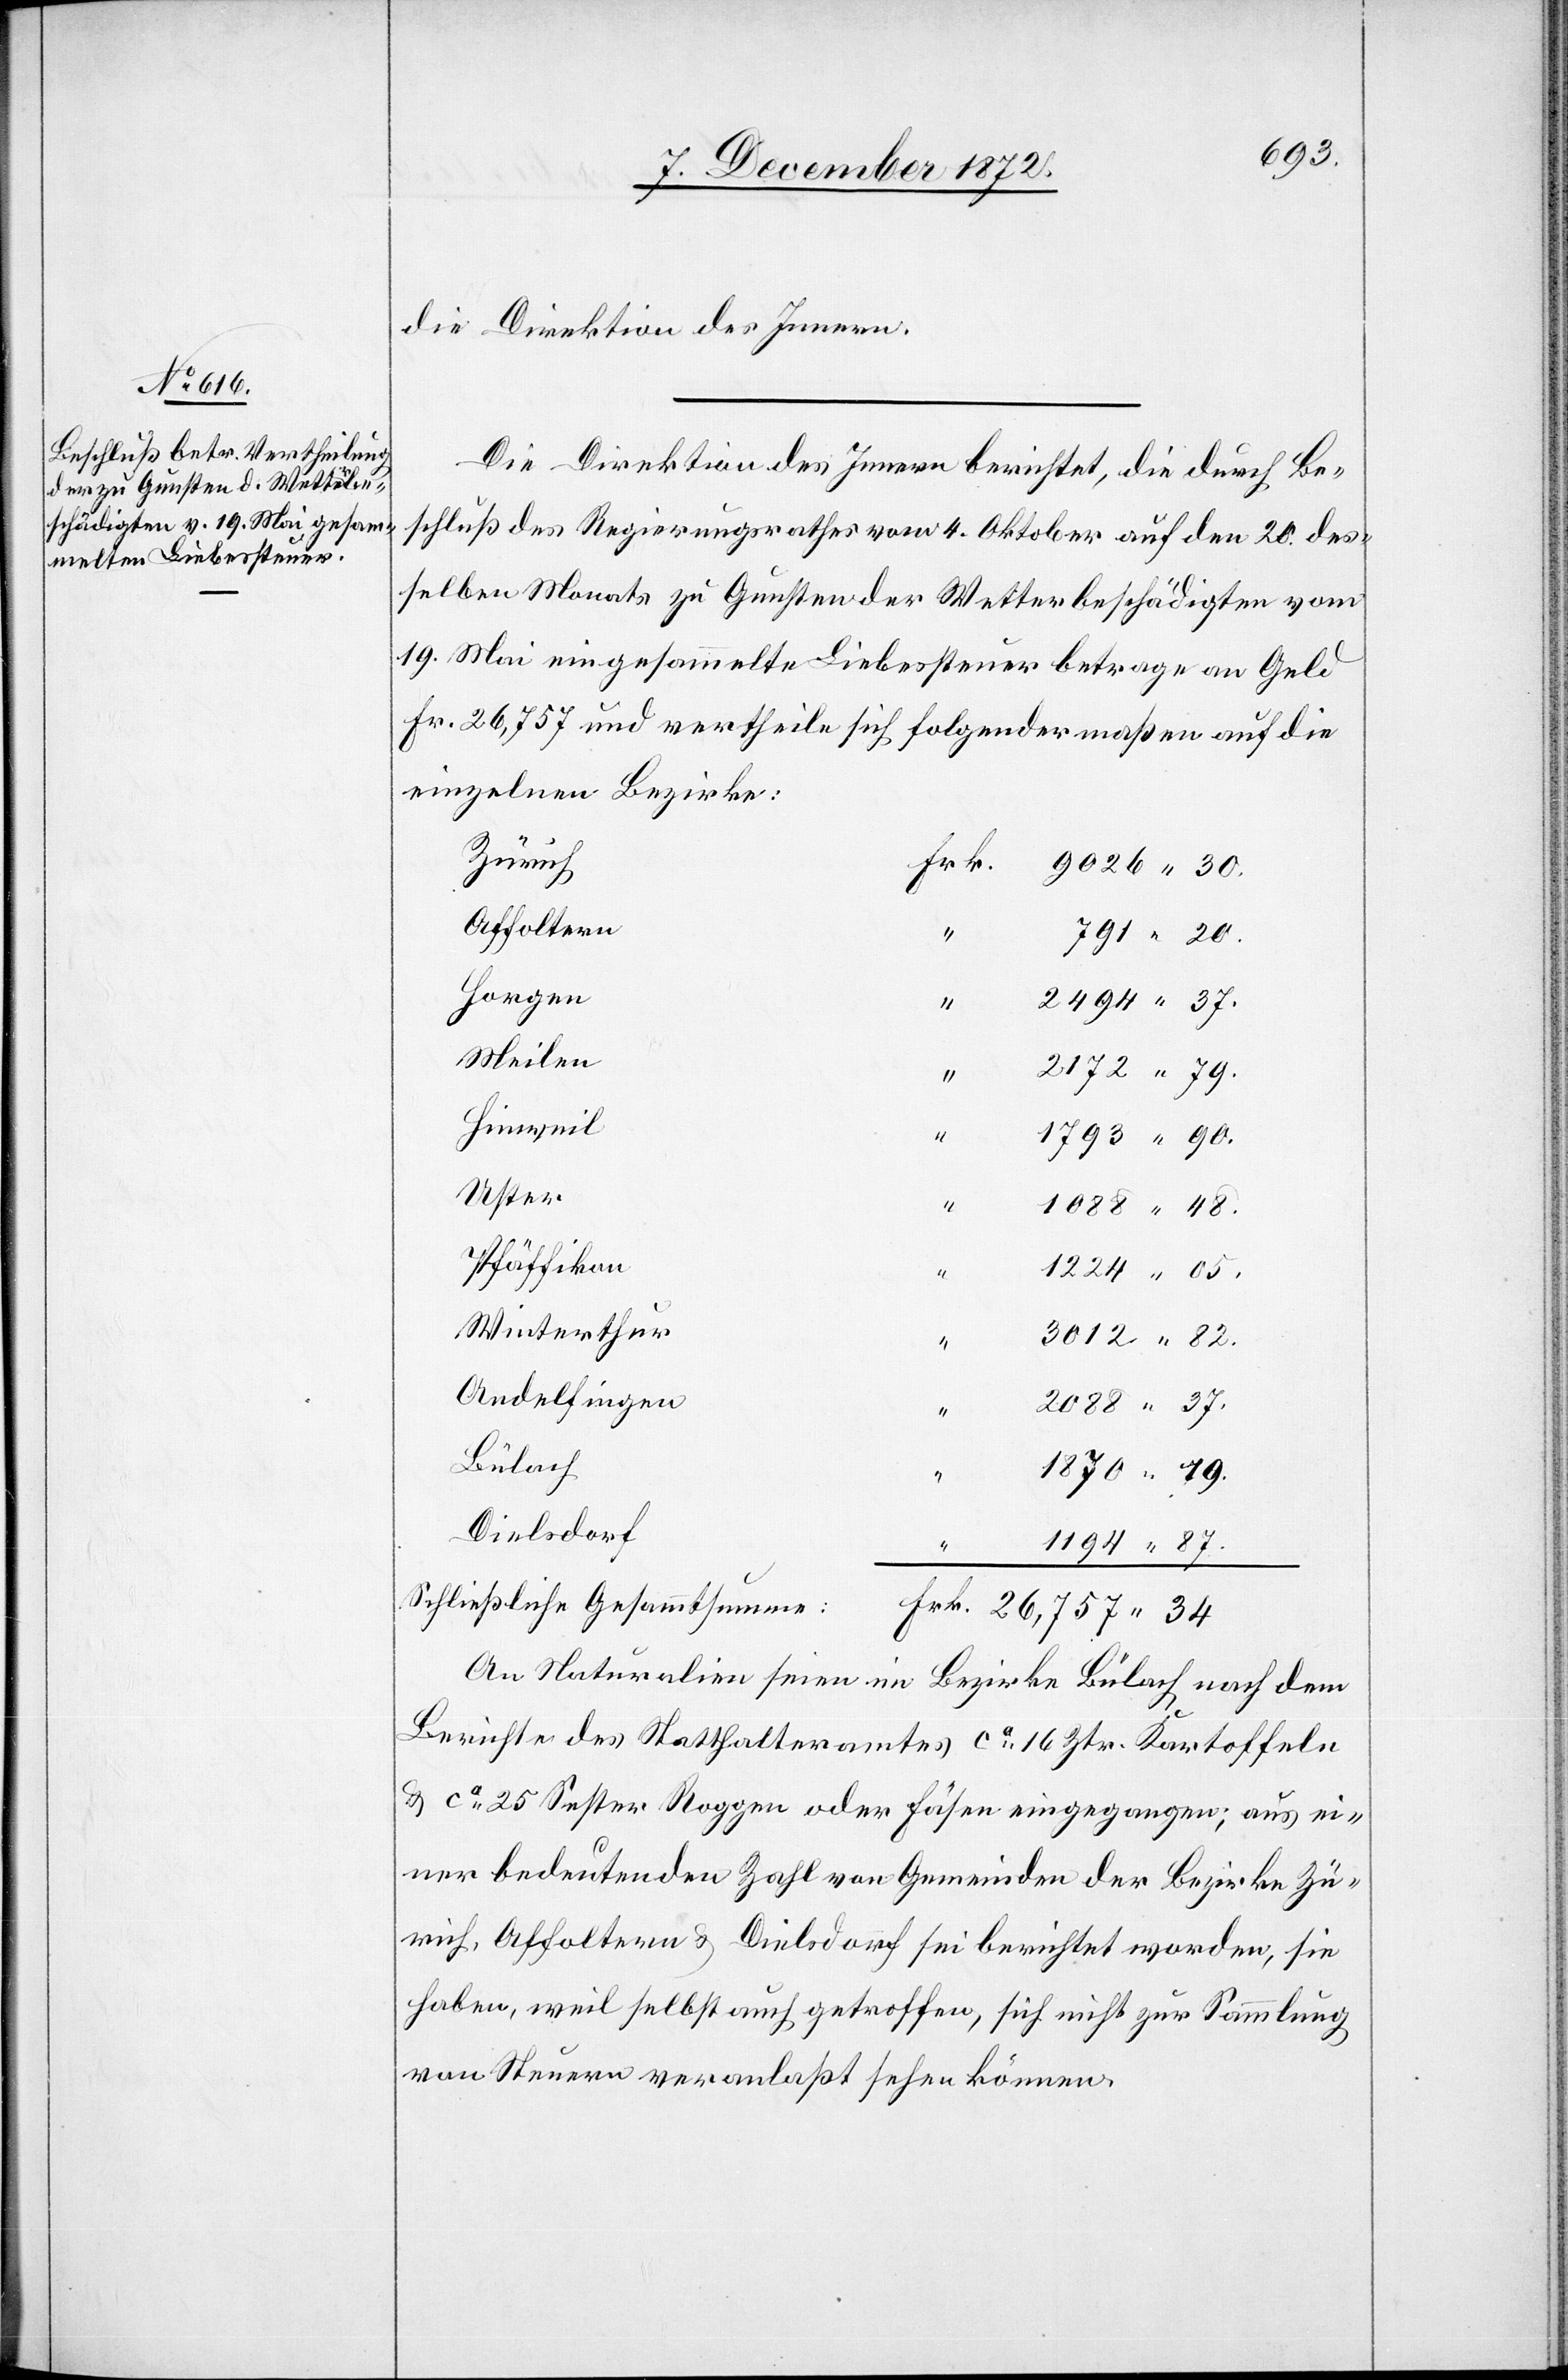
10. December 1872.]
die Direktion des Innern.
Die Direktion des Innern berichtet, die durch Be¬
schluß des Regierungsrathes vom 4. Oktober auf den 20. des¬
selben Monats zu Gunsten der Wetterbeschädigten vom
19. Mai eingesammelte Liebessteuer betrage an Geld
Fr. 26,767 und vertheile sich folgendermaßen auf die
einzelnen Bezirke:
Zürich
Frk.
Affoltern
Horgen
Meilen
05.
Hinweil
Uster
48.
Pfäffikon
Winterthur
Andelfingen
Bülach
Dielsdorf
“
34
Schließliche Gesammtsumme:
An Naturalien seien im Bezirke Bülach nach dem
Berichte des Statthalteramtes ca 16 Ztr. Kartoffeln
u. ca 25 Sester Roggen oder Fäsen eingegangen; aus ei¬
ner bedeutenden Zahl von Gemeinden der Bezirke Zü¬
rich, Affoltern u. Dielsdorf sei berichtet worden, sie
haben, weil selbst auch getroffen, sich nicht zur Sammlung
von Steuern veranlaßt sehen können.